Insane asylums in Bengal annual reports 1867-1875 - 1867-1875
Year: 1867
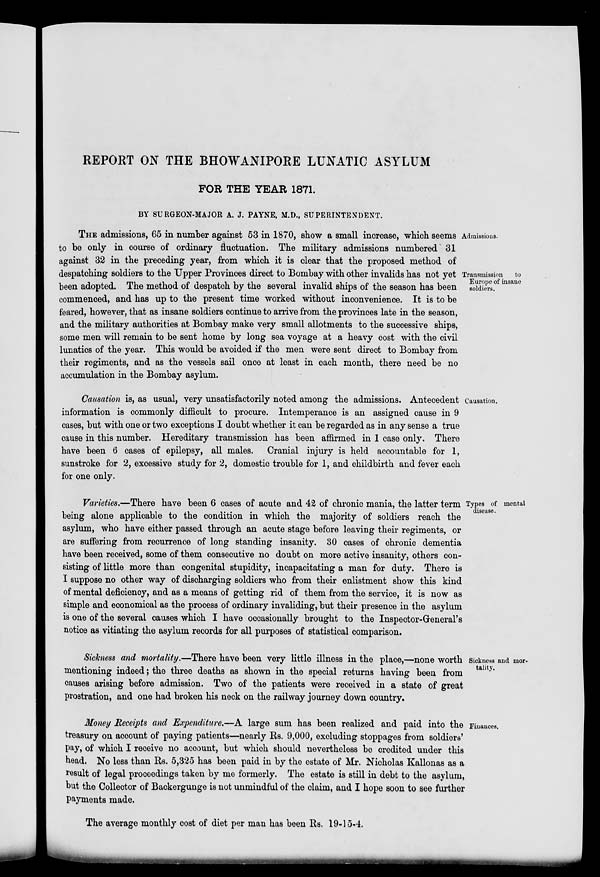
REPORT ON THE BHOWANIPORE LUNATIC ASYLUM
FOR THE YEAR 1871.
BY SURGEON-MAJOR A. J. PAYNE, M.D., SUPERINTENDENT.
Admissions.
Transmission
to
Europe of insane
soldiers.
THE admissions, 65 in number against 53 in 1870, show a small increase, which seems
to be only in course of ordinary fluctuation. The military admissions numbered 31
against 32 in the preceding year, from which it is clear that the proposed method of
despatching soldiers to the Upper Provinces direct to Bombay with other invalids has not yet
been adopted. The method of despatch by the several invalid ships of the season has been
commenced, and has up to the present time worked without inconvenience. It is to be
feared, however, that as insane soldiers continue to arrive from the provinces late in the season,
and the military authorities at Bombay make very small allotments to the successive ships,
some men will remain to be sent home by long sea voyage at a heavy cost with the civil
lunatics of the year. This would be avoided if the men were sent direct to Bombay from
their regiments, and as the vessels sail once at least in each month, there need be no
accumulation in the Bombay asylum.
Causation.
Causation is, as usual, very unsatisfactorily noted among the admissions. Antecedent
information is commonly difficult to procure. Intemperance is an assigned cause in 9
cases, but with one or two exceptions I doubt whether it can be regarded as in any sense a true
cause in this number. Hereditary transmission has been affirmed in 1 case only. There
have been 6 cases of epilepsy, all males. Cranial injury is held accountable for 1,
sunstroke for 2, excessive study for 2, domestic trouble for 1, and childbirth and fever each
for one only.
Types of mental
disease.
Varieties.—There have been 6 cases of acute and 42 of chronic mania, the latter term
being alone applicable to the condition in which the majority of soldiers reach the
asylum, who have either passed through an acute stage before leaving their regiments, or
are suffering from recurrence of long standing insanity. 30 cases of chronic dementia
have been received, some of them consecutive no doubt on more active insanity, others con-
sisting of little more than congenital stupidity, incapacitating a man for duty. There is
I suppose no other way of discharging soldiers who from their enlistment show this kind
of mental deficiency, and as a means of getting rid of them from the service, it is now as
simple and economical as the process of ordinary invaliding, but their presence in the asylum
is one of the several causes which I have occasionally brought to the Inspector-General's
notice as vitiating the asylum records for all purposes of statistical comparison.
Sickness and mor-
tality.
Sickness and mortality.—There have been very little illness in the place,—none worth
mentioning indeed; the three deaths as shown in the special returns having been from
causes arising before admission. Two of the patients were received in a state of great
prostration, and one had broken his neck on the railway journey down country.
Finances.
Money Receipts and Expenditure.—A large sum has been realized and paid into the
treasury on account of paying patients—nearly Rs. 9,000, excluding stoppages from soldiers'
pay, of which I receive no account, but which should nevertheless be credited under this
head. No less than Rs. 5,325 has been paid in by the estate of Mr. Nicholas Kallonas as a
result of legal proceedings taken by me formerly. The estate is still in debt to the asylum,
but the Collector of Backergunge is not unmindful of the claim, and I hope soon to see further
payments made.
The average monthly cost of diet per man has been Rs. 19-15-4.